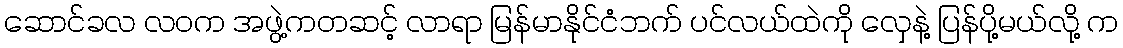
ဆောင်ခလ လဝက အဖွဲ့ကတဆင့် လာရာ မြန်မာနိုင်ငံဘက် ပင်လယ်ထဲကို လှေနဲ့ ပြန်ပို့မယ်လို့ က